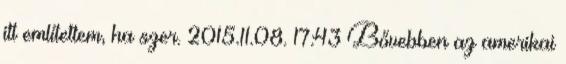
itt említettem, ha szer. 2015.11.08. 17:43 Bővebben az amerikai